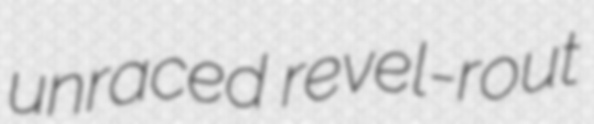
unraced revel-rout